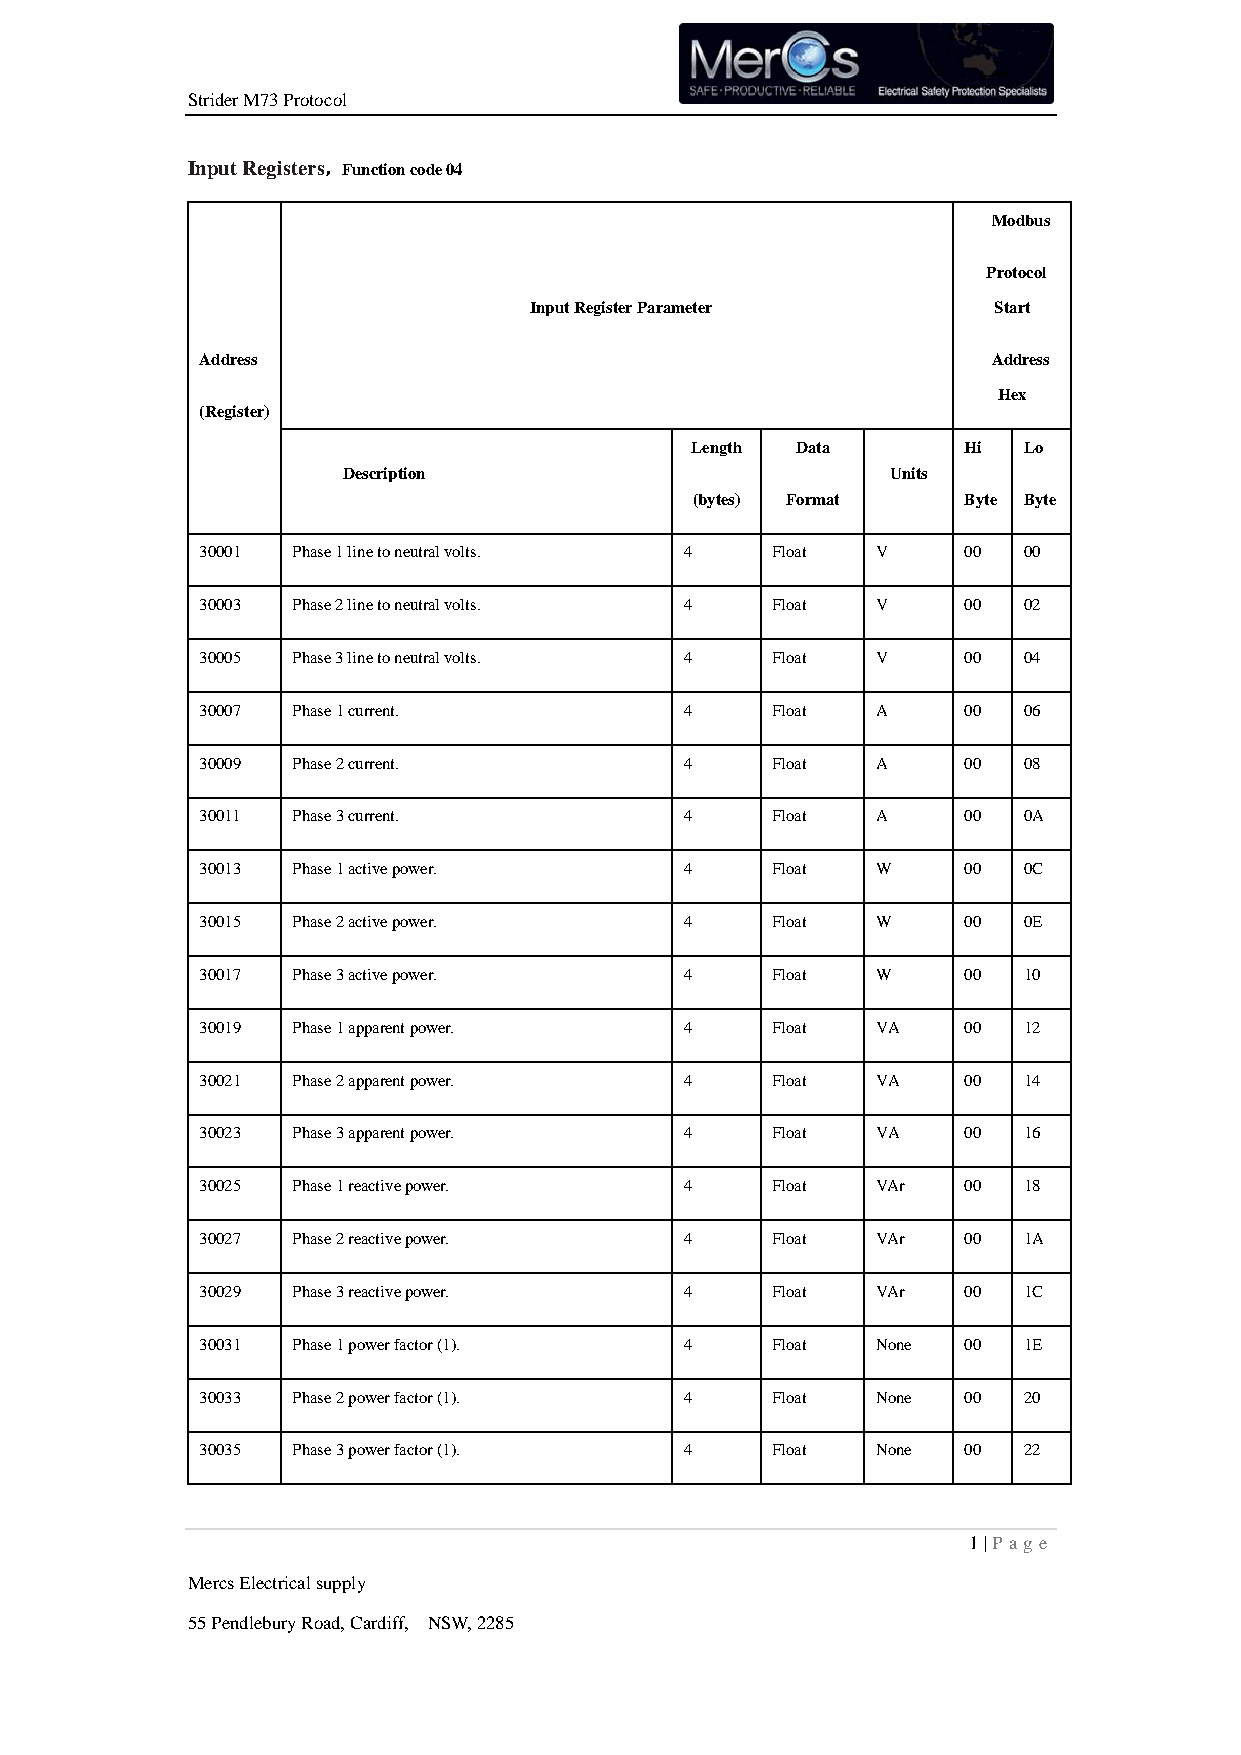
Strider M73 Protocol
 Input Registers，Function code 04
 Modbus
 Protocol
 Input Register Parameter       Start
 Address                                              Address
 Hex
 (Register)
 Length Data       Hi  Lo
 Description                         Units
 (bytes) Format    Byte Byte
 30001 Phase 1 line to neutral volts. 4 Float V     00  00
 30003 Phase 2 line to neutral volts. 4 Float V     00  02
 30005 Phase 3 line to neutral volts. 4 Float V     00  04
 30007 Phase 1 current.          4     Float  A     00  06
 30009 Phase 2 current.          4     Float  A     00  08
 30011 Phase 3 current.          4     Float  A     00  0A
 30013 Phase 1 active power.     4     Float  W     00  0C
 30015 Phase 2 active power.     4     Float  W     00  0E
 30017 Phase 3 active power.     4     Float  W     00  10
 30019 Phase 1 apparent power.   4     Float  VA    00  12
 30021 Phase 2 apparent power.   4     Float  VA    00  14
 30023 Phase 3 apparent power.   4     Float  VA    00  16
 30025 Phase 1 reactive power.   4     Float  VAr   00  18
 30027 Phase 2 reactive power.   4     Float  VAr   00  1A
 30029 Phase 3 reactive power.   4     Float  VAr   00  1C
 30031 Phase 1 power factor (1). 4     Float  None  00  1E
 30033 Phase 2 power factor (1). 4     Float  None  00  20
 30035 Phase 3 power factor (1). 4     Float  None  00  22
 1 | P age
 Mercs Electrical supply
 55 Pendlebury Road, Cardiff, NSW, 2285